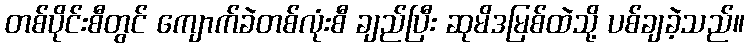
တစ်ပိုင်းစီတွင် ကျောက်ခဲတစ်လုံးစီ ချည်ပြီး ဆုမိဒမြစ်ထဲသို့ ပစ်ချခဲ့သည်။